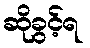
ဆိုခွင့်ရ